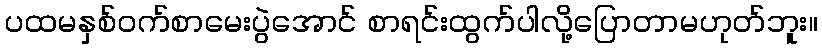
ပထမနှစ်ဝက်စာမေးပွဲအောင် စာရင်းထွက်ပါလို့ပြောတာမဟုတ်ဘူး။